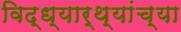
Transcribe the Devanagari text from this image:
विद्ध्यार्थ्यांच्या